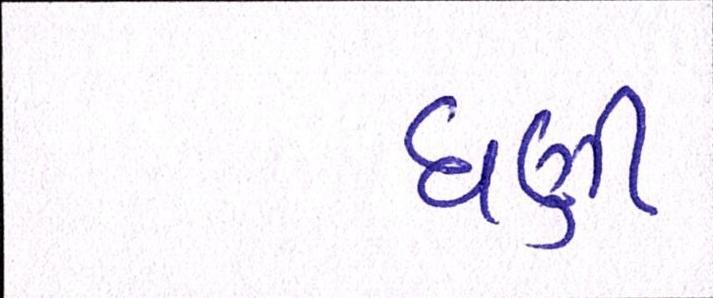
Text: ઘણી